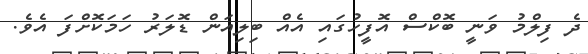
ދެ ފިލްމު ވަނީ ބޮކްސް އޮފީހުގައި އެއް ބިލިއަން ޑޮލަރު ހަމަކޮށްފަ އެވެ.